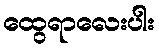
ထွေရာလေးပါး